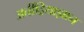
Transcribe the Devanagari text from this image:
अतींद्रियाज्ञान